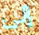
إلى